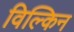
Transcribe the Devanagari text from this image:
विल्किन